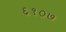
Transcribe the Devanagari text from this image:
६१०७